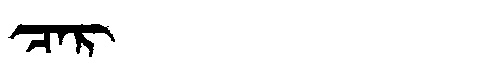
Manchu: ᠴᠠᡵ
Romanization: CAR